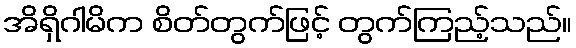
အိရှိဂါမိက စိတ်တွက်ဖြင့် တွက်ကြည့်သည်။